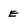
Character: E